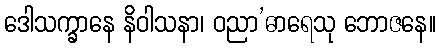
ဒေါသက္ခာနေ နိဝါသနာ၊ ဝညာ’ဓာရေသု ဘောဇနေ။